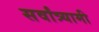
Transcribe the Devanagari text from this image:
सर्वांत्र्यामी